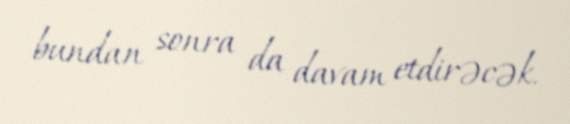
bundan sonra da davam etdirəcək.